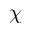
\chi